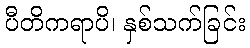
ပီတိကရာပိ၊ နှစ်သက်ခြင်း